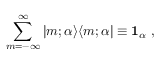
\sum _ { m = - \infty } ^ { \infty } \vert m ; \alpha \rangle \langle m ; \alpha \vert \equiv { \bf 1 } _ { \alpha } \ ,